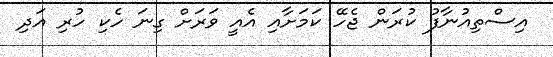
އިސްތިއުނާފު ކުރަން ޖެހޭ ކަމަށާއި އެއީ ވަރަށް ގިނަ ހެކި ހުރި އަދި